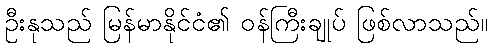
ဦးနုသည် မြန်မာနိုင်ငံ၏ ဝန်ကြီးချုပ် ဖြစ်လာသည်။